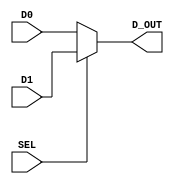
module mux_2t1_nb(SEL, D0, D1, D_OUT); 
       input  SEL; 
       input  [n-1:0] D0, D1; 
       output reg [n-1:0] D_OUT;  
       
       parameter n = 8; 
        
       always @ (*)
       begin 
          if      (SEL == 0)  D_OUT = D0;
          else if (SEL == 1)  D_OUT = D1; 
          else                D_OUT = 0; 
       end
                
endmodule